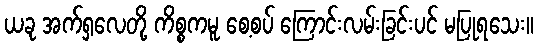
ယခု အက်ရှလေတို့ ကိစ္စကမူ စေ့စပ် ကြောင်းလမ်းခြင်းပင် မပြုရသေး။